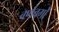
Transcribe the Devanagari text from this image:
वर्णवर्गों